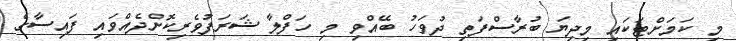
މި ކަމަށްޓަކައި މިދިޔަ ބުރާސްފަތި ދުވަހު ބޭއްވި މި ހަފްލާ ޝަރަފުވެރިކޮށްދެއްވައި ފައިސާގެ